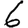
Digit: 6